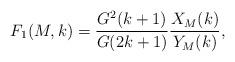
LaTeX: \begin{align*}F_1(M,k) = \frac{G^2(k+1)}{G(2k+1)} \frac{X_{M}(k)}{Y_{M}(k)},\end{align*}